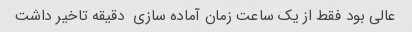
عالی بود فقط از یک ساعت زمان آماده سازی  دقیقه تاخیر داشت